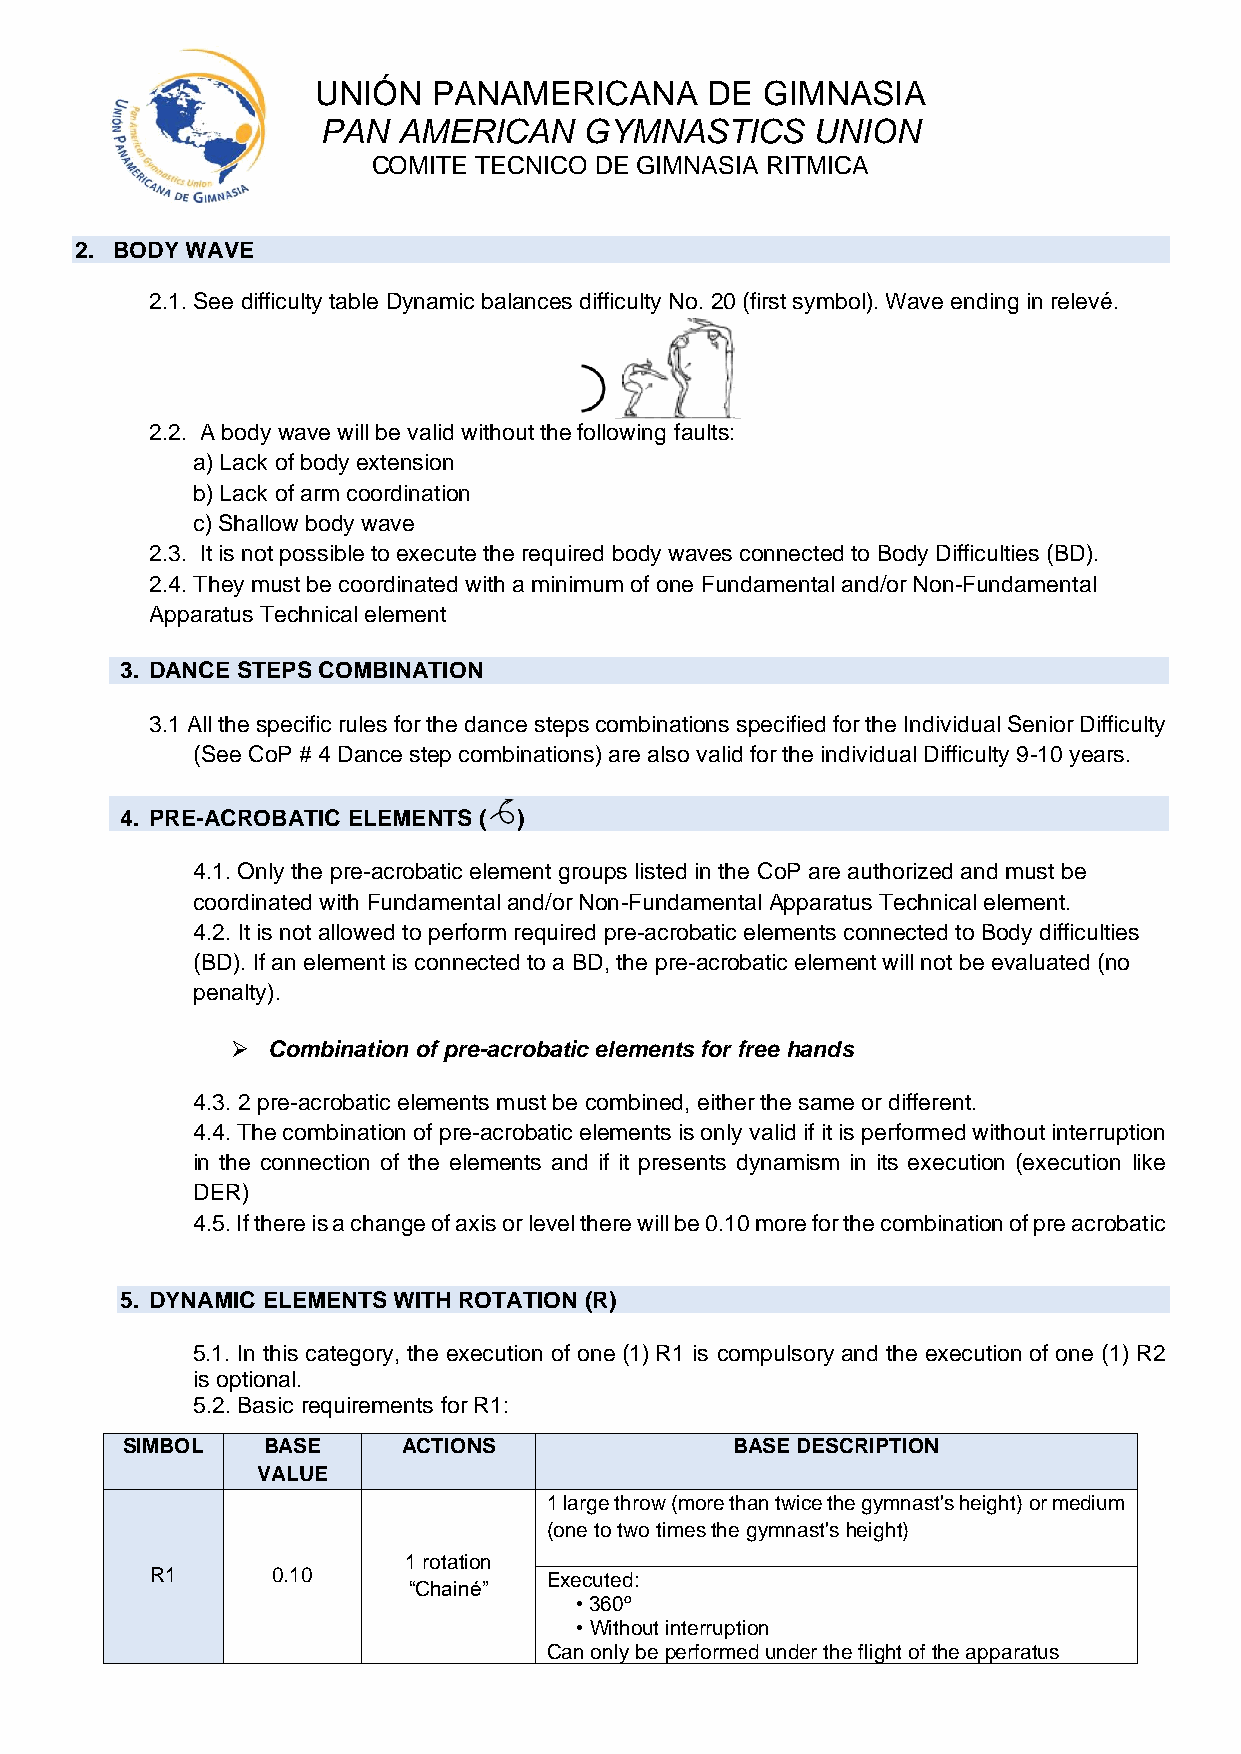
UNIÓN   PANAMERICANA      DE GIMNASIA
 PAN  AMERICAN     GYMNASTICS     UNION
 COMITE TECNICO DE GIMNASIA RITMICA
 2. BODY WAVE
 2.1. See difficulty table Dynamic balances difficulty No. 20 (first symbol). Wave ending in relevé.
 2.2. A body wave will be valid without the following faults:
 a) Lack of body extension
 b) Lack of arm coordination
 c) Shallow body wave
 2.3. It is not possible to execute the required body waves connected to Body Difficulties (BD).
 2.4. They must be coordinated with a minimum of one Fundamental and/or Non-Fundamental
 Apparatus Technical element
 3. DANCE STEPS COMBINATION
 3.1 All the specific rules for the dance steps combinations specified for the Individual Senior Difficulty
 (See CoP # 4 Dance step combinations) are also valid for the individual Difficulty 9-10 years.
 4. PRE-ACROBATIC ELEMENTS ( )
 4.1. Only the pre-acrobatic element groups listed in the CoP are authorized and must be
 coordinated with Fundamental and/or Non-Fundamental Apparatus Technical element.
 4.2. It is not allowed to perform required pre-acrobatic elements connected to Body difficulties
 (BD). If an element is connected to a BD, the pre-acrobatic element will not be evaluated (no
 penalty).
 ➢  Combination of pre-acrobatic elements for free hands
 4.3. 2 pre-acrobatic elements must be combined, either the same or different.
 4.4. The combination of pre-acrobatic elements is only valid if it is performed without interruption
 in the connection of the elements and if it presents dynamism in its execution (execution like
 DER)
 4.5. If there is a change of axis or level there will be 0.10 more for the combination of pre acrobatic
 5. DYNAMIC ELEMENTS WITH ROTATION (R)
 5.1. In this category, the execution of one (1) R1 is compulsory and the execution of one (1) R2
 is optional.
 5.2. Basic requirements for R1:
 SIMBOL   BASE      ACTIONS               BASE DESCRIPTION
 VALUE
 1 large throw (more than twice the gymnast's height) or medium
 (one to two times the gymnast's height)
 1 rotation
 R1      0.10              Executed:
 “Chainé”
 • 360º
 • Without interruption
 Can only be performed under the flight of the apparatus